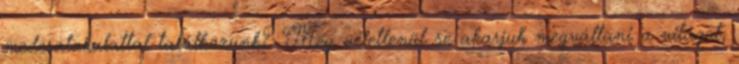
mederalakulattal találkozunk? Még véletlenül se akarjuk megváltani a világot,